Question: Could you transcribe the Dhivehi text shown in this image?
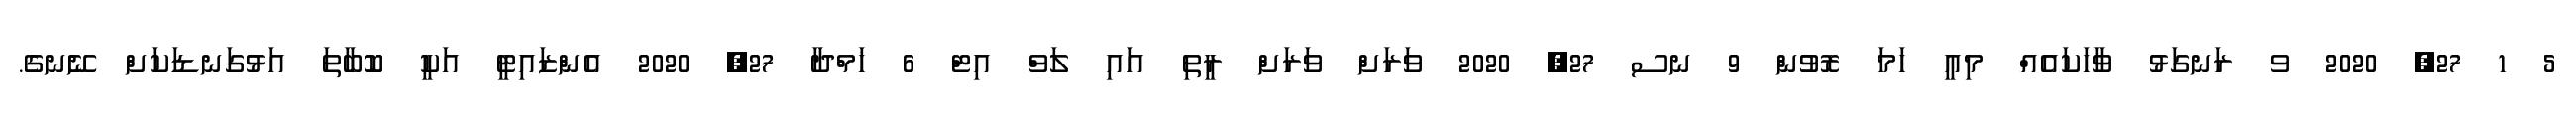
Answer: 5 1 27, 2020 ވ ރަނގަޅު ވާހަކައެއް މިއީ ހަމަ ރޮވުން 9 ނސ 27, 2020 ވަރަށް ވަރަށް ރީތި އައި ލަވް އިޓް 6 ޚަމްދާ 27, 2020 އެންޒައިޓީ އަކީ ކޮބާތަ އަޅުގަނޑަކަށް ނޭނގެ.